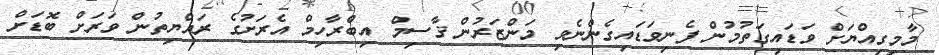
މާމިގިއްޔަށް ވަޑައިގަތުމުން ފެނިވަޑައިގެންނެވި މަންޒަރުން ޤާސިމް އިބްރާހިމް އެރަށުގެ ރައްޔިތުން ވަރަށް ބޮޑަށް